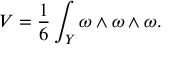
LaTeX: { \cal V } = \frac { 1 } { 6 } \int _ { Y } \omega \wedge \omega \wedge \omega .